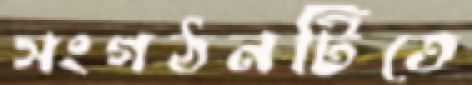
সংগঠনটিতে